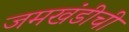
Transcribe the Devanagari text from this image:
जमखंडीची